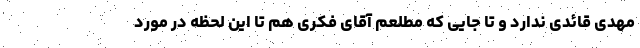
مهدی قائدی ندارد و تا جایی که مطلعم آقای فکری هم تا این لحظه در مورد